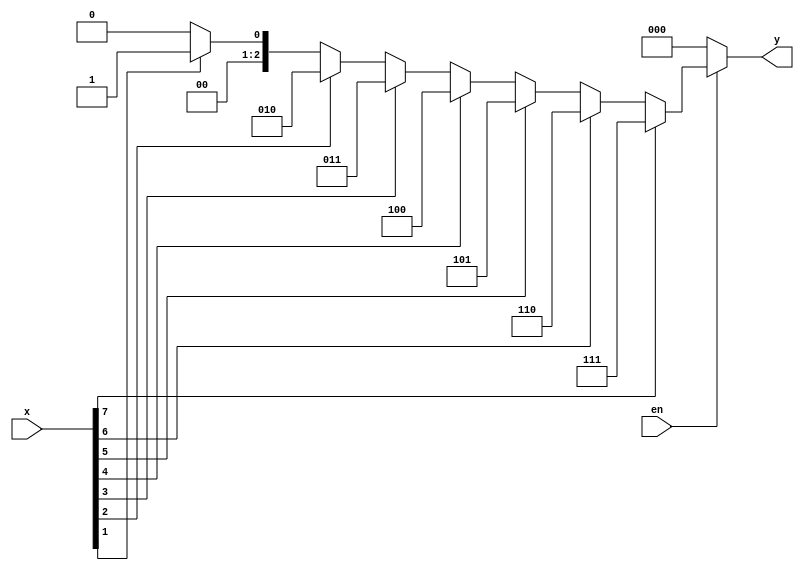
module priority_83encode(x,en,y);
    input [7:0] x;
    input en;
    output reg [2:0]y;
    integer i;
always @(x or en) begin
    if (en) begin
        y = 0;
        for( i = 0; i <= 7; i = i+1)
            if(x[i] == 1) y = i;
     end
    else y = 0;
  end
endmodule